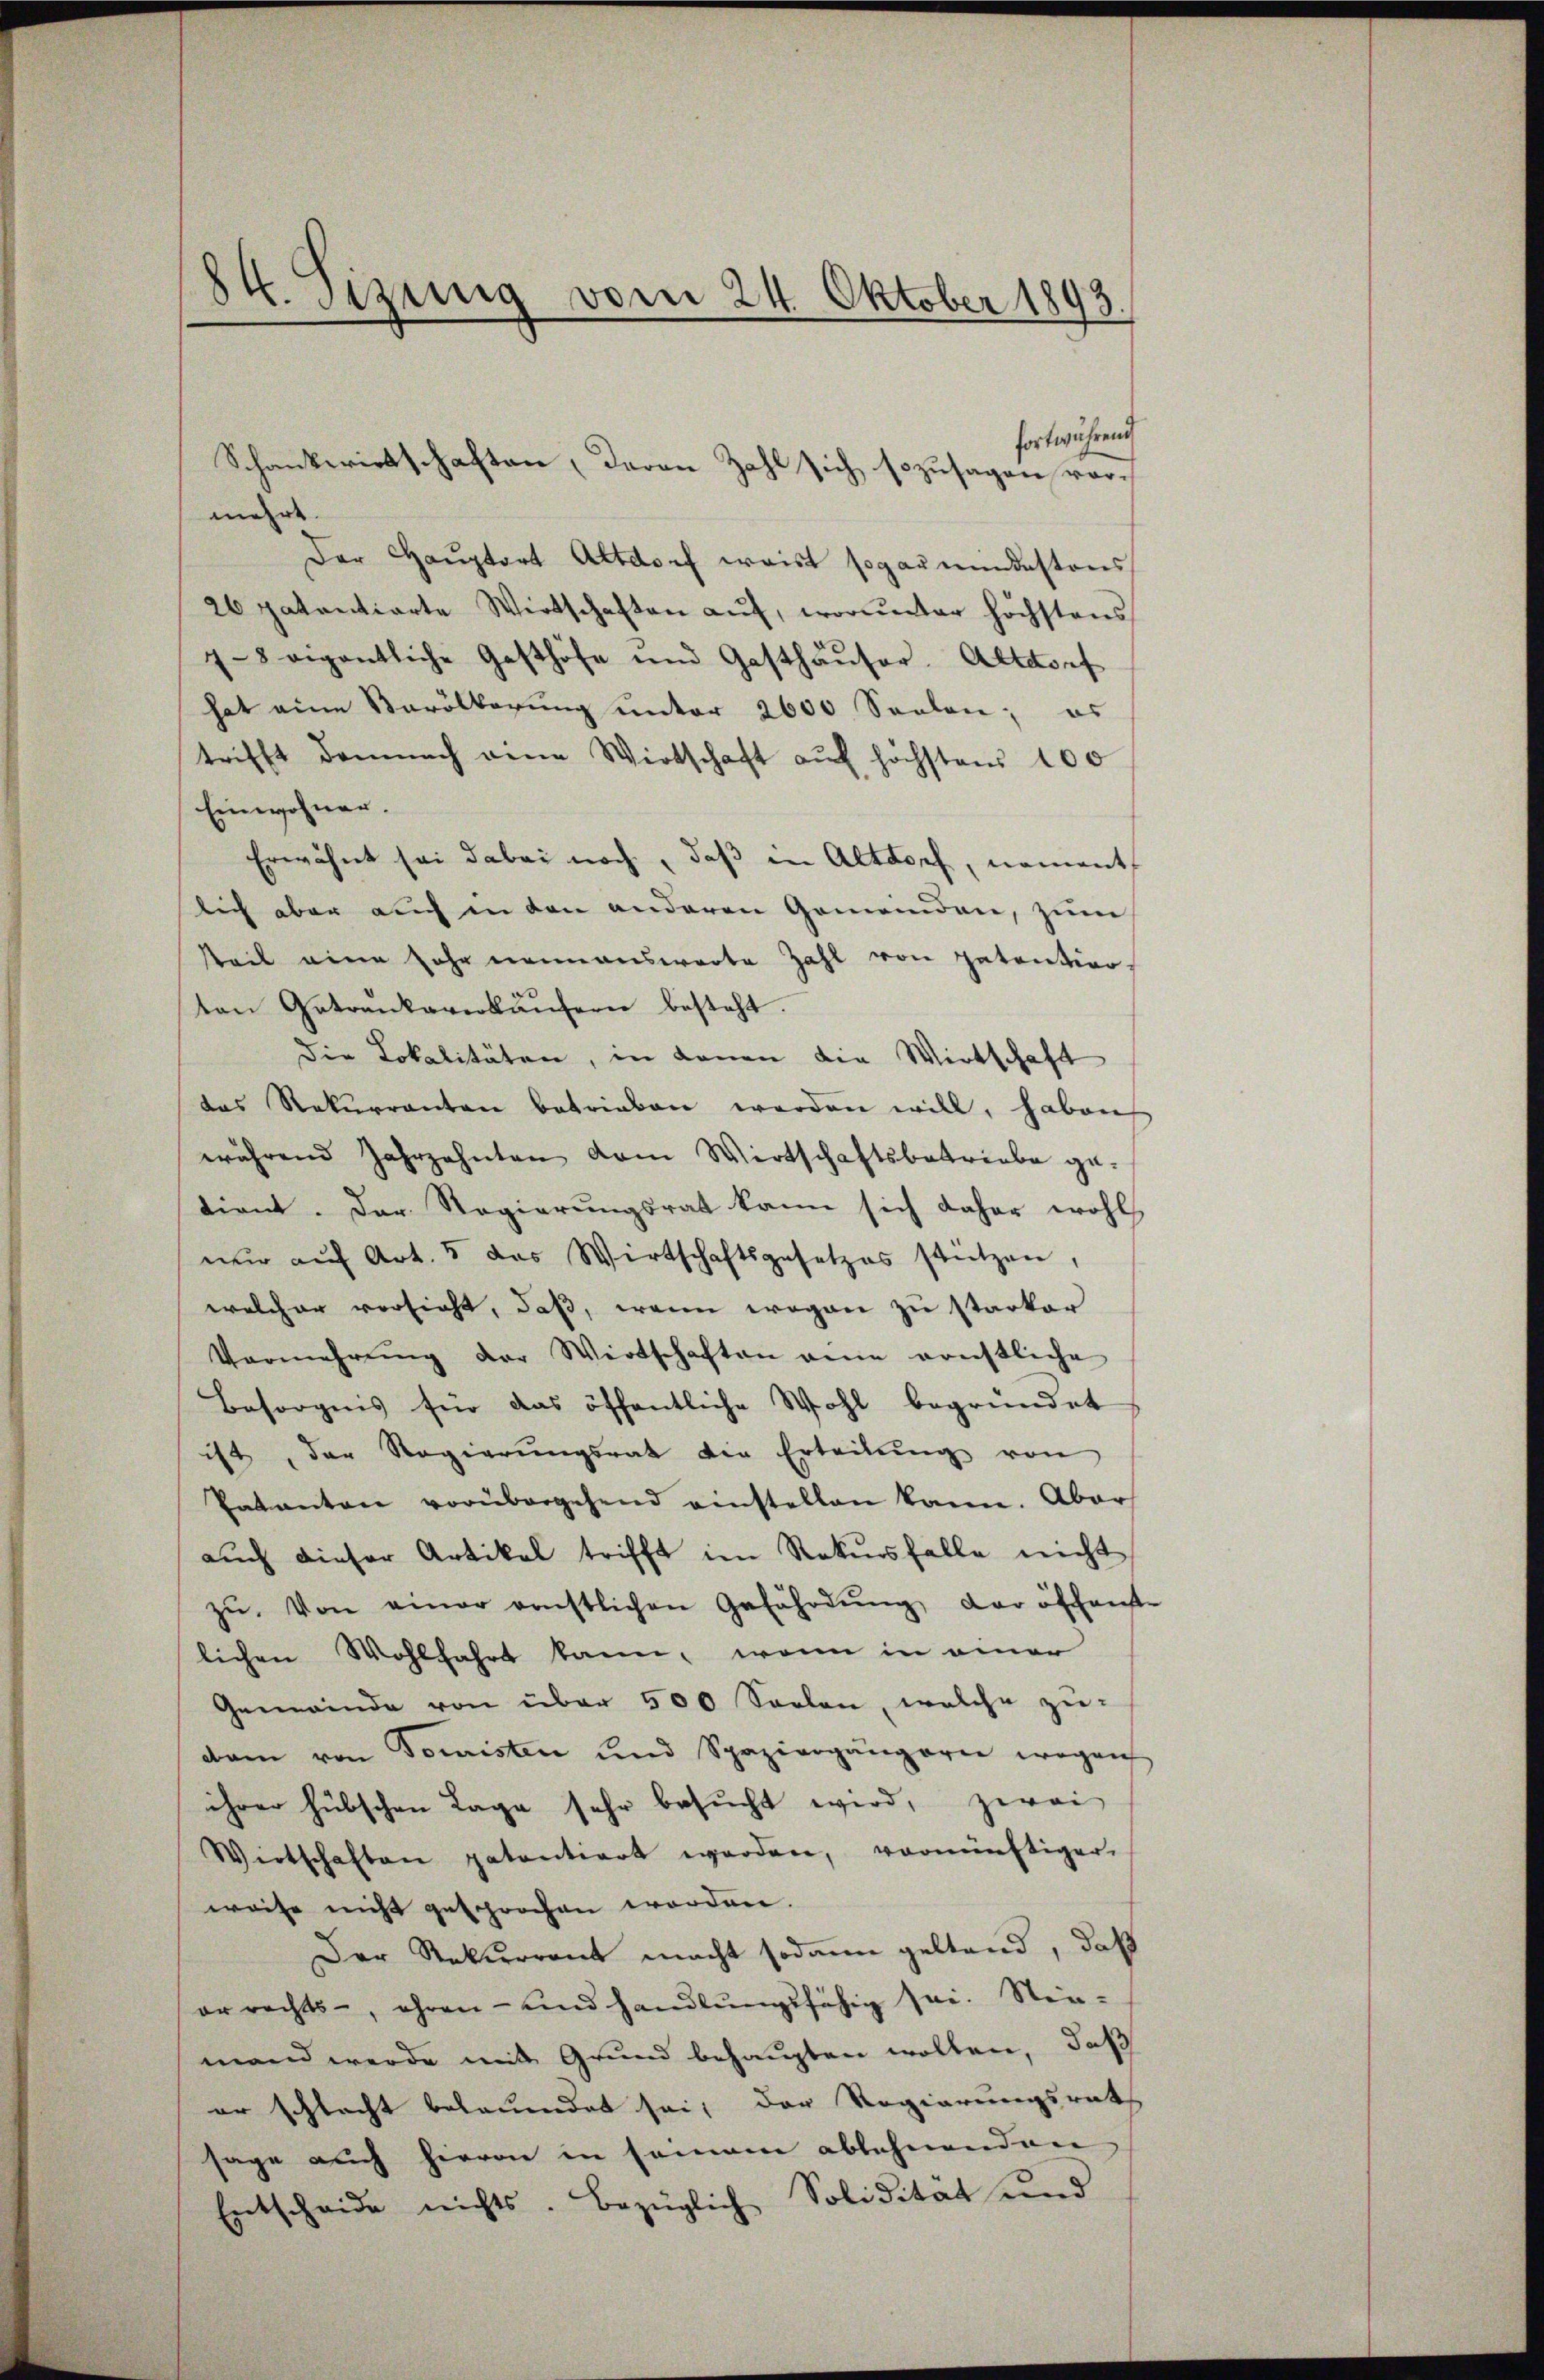
84. Sitzung vom 24. Oktober 1893.

mehre
Der Haŭptort Altdorf waist sogaumendestons
26 patentierte Wirtschaften aŭf, worunter höchstens
7-8 eigentliche Gasthöfe und Gasthäŭser. Altdorf
hat eine Barölbarung unter 2000 Seelen; es
trifft demnach eine Wirtschaft auf höchstens 100
Einwohner.
Erwähnt sei dabei noch, daß in Altdorf, nament
lich aber auch in den anderen Gemeinden, zum
keit eine sehr neinausworte Zahl von patention
ten Getrenkaverkäŭsern besteht.
die Lokalitäten, in denen die Wirtschaft
das Rekurrenten betrieben werden will, haben
während Jahrzehnten dem Wirtschaftsbetriebe ge-
tient. Der Regierungsrat kann sich daher wohl
nŭr aŭf Art. 5 das Wirtschaftsgesetzes stützen,
welcher versicht, daß, wenn wegen zu starker
Vermehrŭng der Wirtschaften ane ernstliche
Besorgnis für das öffentliche Wohl begründet
ist, der Regierŭngsrat die Erteilŭng von
Patanton vorübergehend einstellen kann. Aber
aŭch dieser Artikel trifft im Rekursfalle nicht
zŭ. Von einer ernstlichen Gefährdŭng der öffenste
lichen Wohlfahrt kann, wenn in einer
Gemeinde von über 500 Seelen, welche zu-
dam von Tomisten und Spaziergängern wegen
ihrer hübschen Lage sehr besucht wird, zwei
Wirtschaften patentiert werden, vernünftiger.
weise nicht gesprochen worden.
Der Rekurrent macht sodann gestand, daß
errechts-, ihren- und handlŭngsfähig sei. Nie-
mand werde mit Grund behaupten wollen, daß
er schlacht belauendet sei, der Regierungsrath
sage auch hievon in seien ablehnenden
Entscheide nichts. Bezüglich Solidität und

Schankwirtschaften, daran Zahl sich sozusagen vor¬

fortwährend